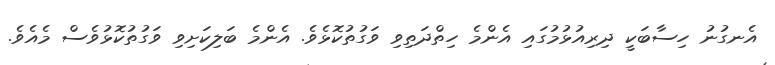
އެނގުނު ހިސާބަކީ ދިރިއުޅުމުގައި އެންމެ ހިތްދަތިވި ވަގުތުކޮޅެވެ. އެންމެ ބަލިކަށިވި ވަގުތުކޮޅުވެސް މެއެވެ.